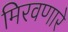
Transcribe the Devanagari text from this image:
मिरवणारे